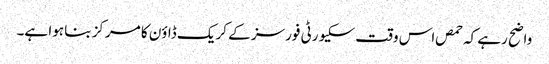
واضح رہے کہ حمص اس وقت سکیورٹی فورسز کے کریک ڈاؤن کا مرکز بنا ہوا ہے۔